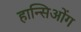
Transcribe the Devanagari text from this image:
हान्सिओंग